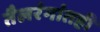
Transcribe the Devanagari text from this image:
तैलरंगांतही